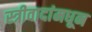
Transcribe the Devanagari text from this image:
स्त्रीवादांमधून